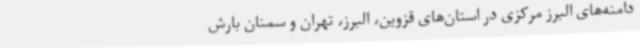
دامنه‌های البرز مرکزی در استان‌های قزوین، البرز، تهران و سمنان بارش